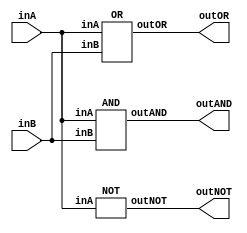
/* CSED273 lab1 experiment 2_iii */
/* lab1_2_iii.v */


module lab1_2_iii(outAND, outOR, outNOT, inA, inB);
    output wire outAND, outOR, outNOT;
    input wire inA, inB;

    AND andGate(outAND, inA, inB);
    OR orGate(outOR, inA, inB);
    NOT notGate(outNOT, inA);

endmodule


/* Implement AND, OR, and NOT modules with {NAND}
 * You are only allowed to wire modules below
 * i.e.) No and, or, not, etc. Only nand, AND, OR, NOT are available*/
module AND(outAND, inA, inB);
    output wire outAND;
    input wire inA, inB; 

    nand(temp, inA, inB);       // (AB)' = A'+B'
    NOT notGate(outAND, temp);  // ((AB)')' = AB

endmodule

module OR(outOR, inA, inB);
    output wire outOR;
    input wire inA, inB; 
    
    NOT notGate(notA, inA);     // A'
    NOT notGate2(notB, inB);    // B'
    nand(outOR, notA, notB);    // (A'B')' = A+B

endmodule

module NOT(outNOT, inA);
    output wire outNOT;
    input wire inA; 

    nand(outNOT, inA, inA);     // (AA)' = A'

endmodule